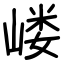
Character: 嵝